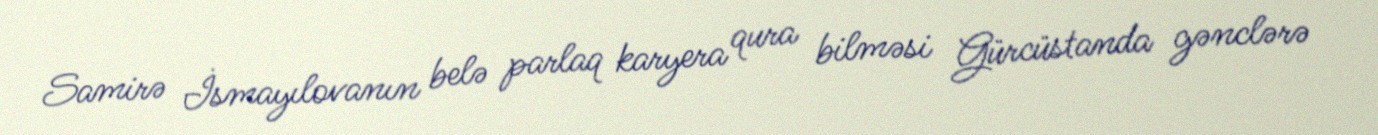
Samirə İsmayılovanın belə parlaq karyera qura bilməsi Gürcüstanda gənclərə